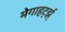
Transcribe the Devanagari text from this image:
मेगाहर्ट्झ्